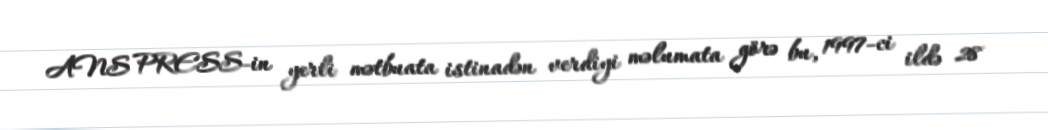
ANS PRESS-in yerli mətbuata istinadən verdiyi məlumata görə bu, 1997-ci ildə 28